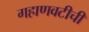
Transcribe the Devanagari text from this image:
गहाणवटीची